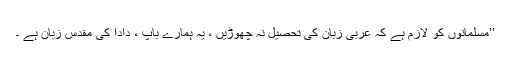
’’مسلمانوں کو لازم ہے کہ عربی زبان کی تحصیل نہ چھوڑیں ، یہ ہمارے باپ ، دادا کی مقدس زبان ہے ۔